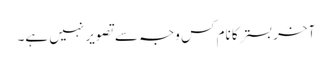
آخر بستر کا نام کس وجہ سے تصویر نہیں ہے۔